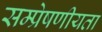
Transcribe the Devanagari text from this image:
सम्प्रेषणीयता